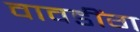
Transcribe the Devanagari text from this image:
वावडींग